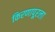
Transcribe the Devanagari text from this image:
किरणापूरला